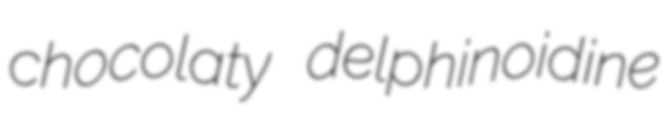
chocolaty delphinoidine